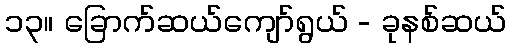
၁၃။ ခြောက်ဆယ်ကျော်ရွယ် - ခုနစ်ဆယ်